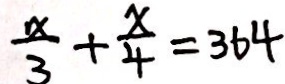
\frac { x } { 3 } + \frac { x } { 4 } = 3 6 4